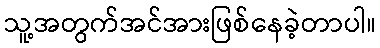
သူ့အတွက်အင်အားဖြစ်နေခဲ့တာပါ။